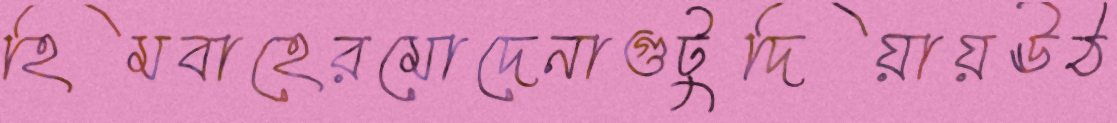
হিমবাহেরমোদেনাগুটুদিয়ায়ঊঠ